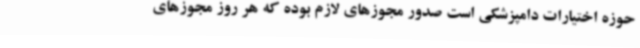
حوزه اختیارات دامپزشکی است صدور مجوزهای لازم بوده که هر روز مجوزهای